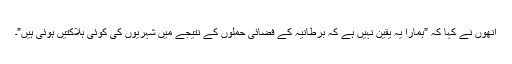
انھوں نے کہا کہ ”ہمارا یہ یقین نہیں ہے کہ برطانیہ کے فضائی حملوں کے نتیجے میں شہریوں کی کوئی ہلاکتیں ہوئی ہیں”۔